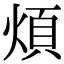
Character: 煩